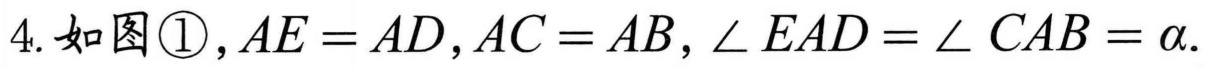
4. 如图\textcircled{1}，\(AE = AD\)，\(AC = AB\)，\(\angle EAD=\angle CAB=\alpha\).